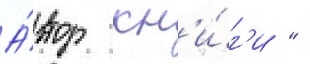
А́втор кн'и́г'и "